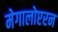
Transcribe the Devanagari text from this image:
मेगालोप्टरन